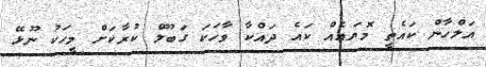
އަލްހާން ކައެތީ މޮޔައެއް ކައެ ދައްކާ ވާހަކަ ގަބޫލް ކުރާކަށް މީހަކު ނޫޅޭ